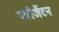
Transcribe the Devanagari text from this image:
प्लीजैंटन